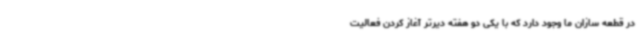
در قطعه سازان ما وجود دارد که با یکی دو هفته دیرتر آغاز کردن فعالیت